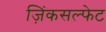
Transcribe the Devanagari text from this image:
ज़िंकसल्फेट